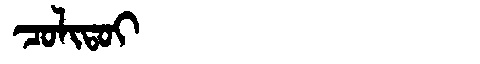
Manchu: ᠴᠣᠯᡳᡨᠣᡳ
Romanization: COLITOI